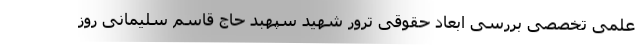
علمی تخصصی بررسی ابعاد حقوقی ترور شهید سپهبد حاج قاسم سلیمانی روز